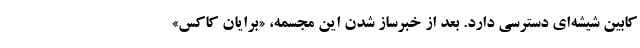
کابین شیشه‌ای دسترسی دارد. بعد از خبرساز شدن این مجسمه، «برایان کاکس»